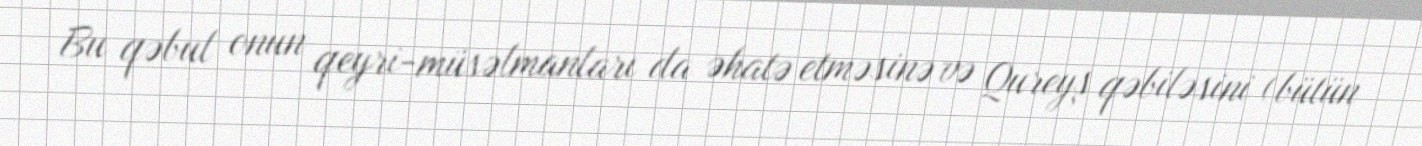
Bu qəbul onun qeyri-müsəlmanları da əhatə etməsinə və Qureyş qəbiləsini (bütün